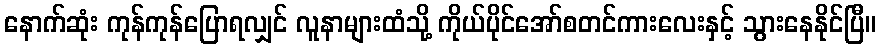
နောက်ဆုံး ကုန်ကုန်ပြောရလျှင် လူနာများထံသို့ ကိုယ်ပိုင်အော်စတင်ကားလေးနှင့် သွားနေနိုင်ပြီ။